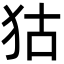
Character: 狜